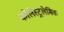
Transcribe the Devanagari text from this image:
कोलेस्ट्रलेमिक